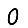
Digit: 0